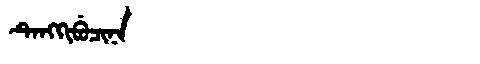
Manchu: ᡨᡝᠩᡴᡳᠪᡠᠴᡳᠨᠠ
Romanization: TENGKIBUCINA